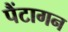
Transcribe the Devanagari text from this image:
पैंटागन